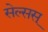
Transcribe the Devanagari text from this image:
सेल्सस्